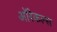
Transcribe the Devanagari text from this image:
ऑरेकल्स